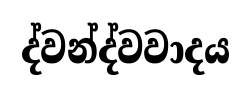
ද්වන්ද්වවාදය